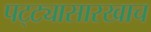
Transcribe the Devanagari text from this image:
पट्ट्यासारखाच